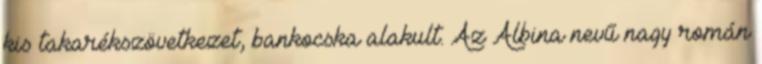
kis takarékszövetkezet, bankocska alakult. Az Albina nevű nagy román